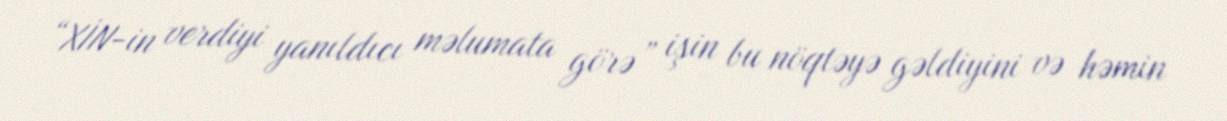
“XİN-in verdiyi yanıldıcı məlumata görə” işin bu nöqtəyə gəldiyini və həmin